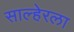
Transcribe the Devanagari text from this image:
साल्हेरला